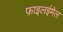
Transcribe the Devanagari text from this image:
फ़ाइलईमेल